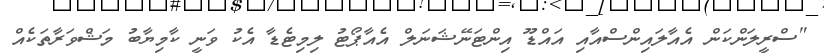
"ސްރީލަންކަން އެއާލައިންސްއާއި އައްޑޫ އިންޓަނޭޝަނަލް އެއާޕޯޓު ލިމިޓެޑާ އެކު ވަނީ ކާމިޔާބު މަޝްވަރާތަކެއް